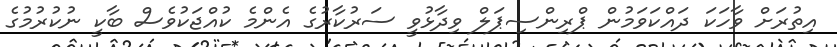
އިތުރަށް ވާހަކަ ދައްކަވަމުން ޕްރިންސިޕަލް ވިދާޅުވީ ސަރުކާރުގެ އެންމެ ކުއްޖަކުވެސް ބާކީ ނުކުރުމުގެ